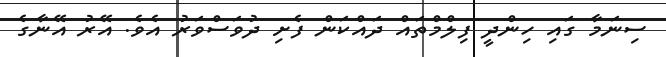
ސިނަމާ ގައި ހިންދީ ފިލްމްތައް ދައްކަން ފެށި ދުވަސްވަރު އެވެ. އޭރު އޭނާގެ